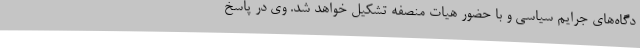
دگاه‌های جرایم سیاسی و با حضور هیات منصفه تشکیل خواهد شد. وی در پاسخ